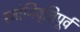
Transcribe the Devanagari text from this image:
रजोनिवृत्तिपूर्व